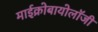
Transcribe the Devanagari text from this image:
माईक्रोबायोलॉजी